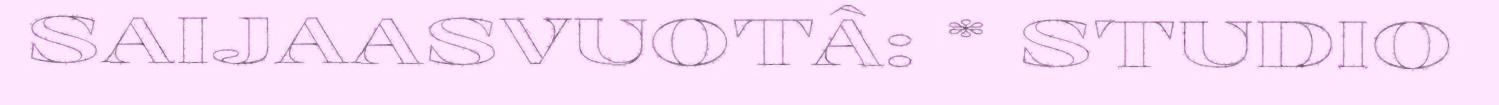
SAIJAASVUOTÂ: * STUDIO